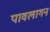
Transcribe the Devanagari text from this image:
पावलागन